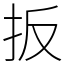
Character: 扳